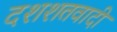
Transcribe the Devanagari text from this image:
दशशतवादी